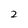
Character: 2